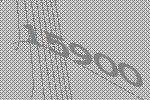
15900